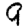
Digit: 9